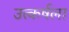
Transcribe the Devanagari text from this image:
उत्कर्षला